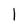
Character: l